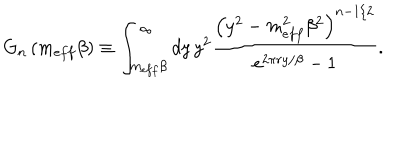
G _ { n } \left( m _ { e f f } \beta \right) \equiv \int _ { m _ { e f f } \beta } ^ { \infty } d y \, y ^ { 2 } \frac { \left( y ^ { 2 } - m _ { e f f } ^ { 2 } \beta ^ { 2 } \right) ^ { n - 1 / 2 } } { e ^ { 2 \pi r y / \beta } - 1 } .